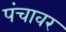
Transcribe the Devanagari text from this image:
पंचावर